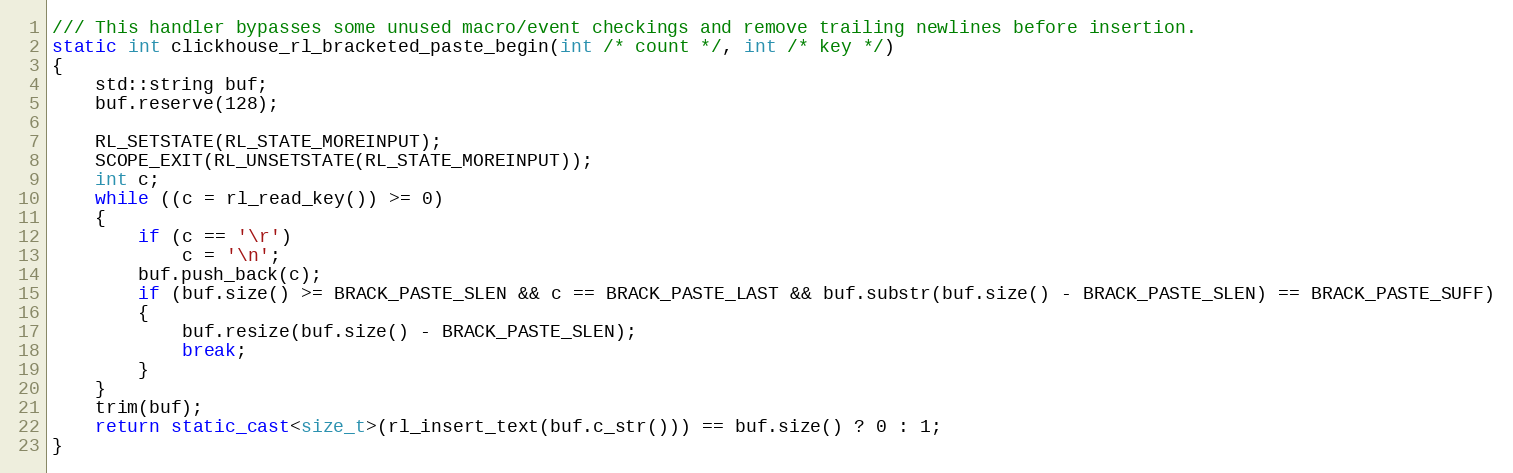
Language: C++
/// This handler bypasses some unused macro/event checkings and remove trailing newlines before insertion.
static int clickhouse_rl_bracketed_paste_begin(int /* count */, int /* key */)
{
    std::string buf;
    buf.reserve(128);

    RL_SETSTATE(RL_STATE_MOREINPUT);
    SCOPE_EXIT(RL_UNSETSTATE(RL_STATE_MOREINPUT));
    int c;
    while ((c = rl_read_key()) >= 0)
    {
        if (c == '\r')
            c = '\n';
        buf.push_back(c);
        if (buf.size() >= BRACK_PASTE_SLEN && c == BRACK_PASTE_LAST && buf.substr(buf.size() - BRACK_PASTE_SLEN) == BRACK_PASTE_SUFF)
        {
            buf.resize(buf.size() - BRACK_PASTE_SLEN);
            break;
        }
    }
    trim(buf);
    return static_cast<size_t>(rl_insert_text(buf.c_str())) == buf.size() ? 0 : 1;
}